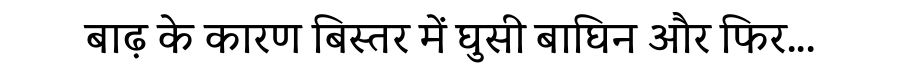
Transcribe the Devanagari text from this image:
बाढ़ के कारण बिस्तर में घुसी बाघिन और फिर...